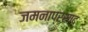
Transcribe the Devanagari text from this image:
जमनाप्रसाद